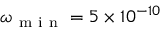
\omega _ { \mathrm { ~ m ~ i ~ n ~ } } = 5 \times 1 0 ^ { - 1 0 }